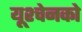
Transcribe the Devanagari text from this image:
यूश्चेनको